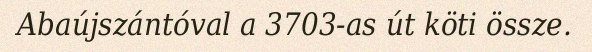
Abaújszántóval a 3703-as út köti össze.